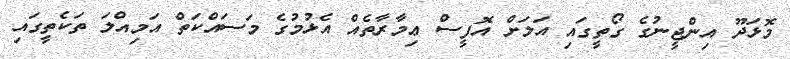
މޮޅަދޫ އިންޖީނުގެ ގޯތީގައި އަލަށް އޮފީސް ޢިމާރާތެއް އެޅުމުގެ މަސައްކަތް އަމިއްލަ ތަކެތީގައި